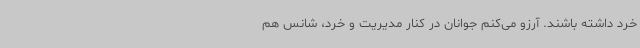
خرد داشته باشند. آرزو می‌کنم جوانان در کنار مدیریت و خرد، شانس هم